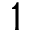
1